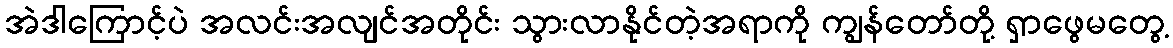
အဲဒါကြောင့်ပဲ အလင်းအလျင်အတိုင်း သွားလာနိုင်တဲ့အရာကို ကျွန်တော်တို့ ရှာဖွေမတွေ့